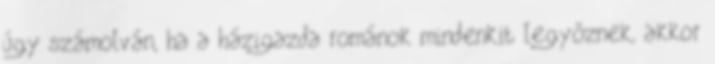
úgy számolván, ha a házigazda románok mindenkit legyőznek, akkor